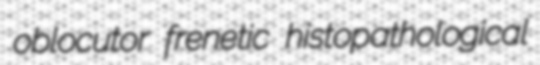
oblocutor frenetic histopathological